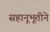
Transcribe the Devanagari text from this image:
सहानूभूतीने